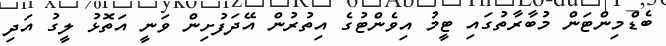
ބެޑްމިންޓަން މުބާރާތުގައި ޓީމު އިވެންޓުގެ އިތުރުން އޭދަފުށިން ވަނީ އަތޮޅު ލީގު އަދި